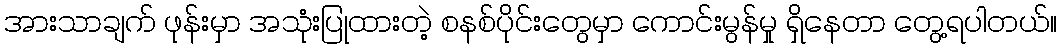
အားသာချက် ဖုန်းမှာ အသုံးပြုထားတဲ့ စနစ်ပိုင်းတွေမှာ ကောင်းမွန်မှု ရှိနေတာ တွေ့ရပါတယ်။